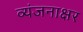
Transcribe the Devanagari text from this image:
व्यंजनाक्षर